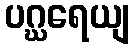
ပဂ္ဃရေယျ